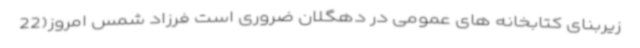
زیربنای کتابخانه های عمومی در دهگلان ضروری است فرزاد شمس امروز(22